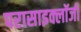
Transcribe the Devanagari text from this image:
परासाइक्लॉजी